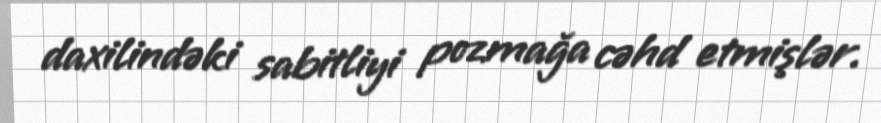
daxilindəki sabitliyi pozmağa cəhd etmişlər.